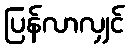
ပြန်လာလျှင်